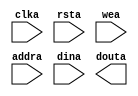
module ram_12k(
	clka,
	rsta,
	wea,
	addra,
	dina,
	douta);


input clka;
input rsta;
input [0 : 0] wea;
input [13 : 0] addra;
input [17 : 0] dina;
output [17 : 0] douta;

// synthesis translate_off

      BLK_MEM_GEN_V4_3 #(
		.C_ADDRA_WIDTH(14),
		.C_ADDRB_WIDTH(14),
		.C_ALGORITHM(1),
		.C_BYTE_SIZE(9),
		.C_COMMON_CLK(0),
		.C_DEFAULT_DATA("0"),
		.C_DISABLE_WARN_BHV_COLL(0),
		.C_DISABLE_WARN_BHV_RANGE(0),
		.C_FAMILY("virtex6"),
		.C_HAS_ENA(0),
		.C_HAS_ENB(0),
		.C_HAS_INJECTERR(0),
		.C_HAS_MEM_OUTPUT_REGS_A(0),
		.C_HAS_MEM_OUTPUT_REGS_B(0),
		.C_HAS_MUX_OUTPUT_REGS_A(0),
		.C_HAS_MUX_OUTPUT_REGS_B(0),
		.C_HAS_REGCEA(0),
		.C_HAS_REGCEB(0),
		.C_HAS_RSTA(1),
		.C_HAS_RSTB(0),
		.C_HAS_SOFTECC_INPUT_REGS_A(0),
		.C_HAS_SOFTECC_OUTPUT_REGS_B(0),
		.C_INITA_VAL("0"),
		.C_INITB_VAL("0"),
		.C_INIT_FILE_NAME("no_coe_file_loaded"),
		.C_LOAD_INIT_FILE(0),
		.C_MEM_TYPE(0),
		.C_MUX_PIPELINE_STAGES(0),
		.C_PRIM_TYPE(1),
		.C_READ_DEPTH_A(12288),
		.C_READ_DEPTH_B(12288),
		.C_READ_WIDTH_A(18),
		.C_READ_WIDTH_B(18),
		.C_RSTRAM_A(0),
		.C_RSTRAM_B(0),
		.C_RST_PRIORITY_A("CE"),
		.C_RST_PRIORITY_B("CE"),
		.C_RST_TYPE("SYNC"),
		.C_SIM_COLLISION_CHECK("ALL"),
		.C_USE_BYTE_WEA(0),
		.C_USE_BYTE_WEB(0),
		.C_USE_DEFAULT_DATA(0),
		.C_USE_ECC(0),
		.C_USE_SOFTECC(0),
		.C_WEA_WIDTH(1),
		.C_WEB_WIDTH(1),
		.C_WRITE_DEPTH_A(12288),
		.C_WRITE_DEPTH_B(12288),
		.C_WRITE_MODE_A("WRITE_FIRST"),
		.C_WRITE_MODE_B("WRITE_FIRST"),
		.C_WRITE_WIDTH_A(18),
		.C_WRITE_WIDTH_B(18),
		.C_XDEVICEFAMILY("virtex6"))
	inst (
		.CLKA(clka),
		.RSTA(rsta),
		.WEA(wea),
		.ADDRA(addra),
		.DINA(dina),
		.DOUTA(douta),
		.ENA(),
		.REGCEA(),
		.CLKB(),
		.RSTB(),
		.ENB(),
		.REGCEB(),
		.WEB(),
		.ADDRB(),
		.DINB(),
		.DOUTB(),
		.INJECTSBITERR(),
		.INJECTDBITERR(),
		.SBITERR(),
		.DBITERR(),
		.RDADDRECC());


// synthesis translate_on

// XST black box declaration
// box_type "black_box"
// synthesis attribute box_type of ram_12k is "black_box"

endmodule